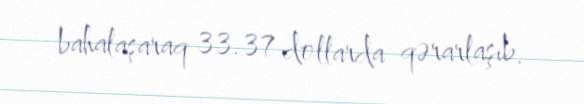
bahalaşaraq 33.37 dollarda qərarlaşıb.